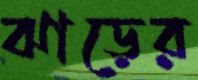
ঝাড়ের